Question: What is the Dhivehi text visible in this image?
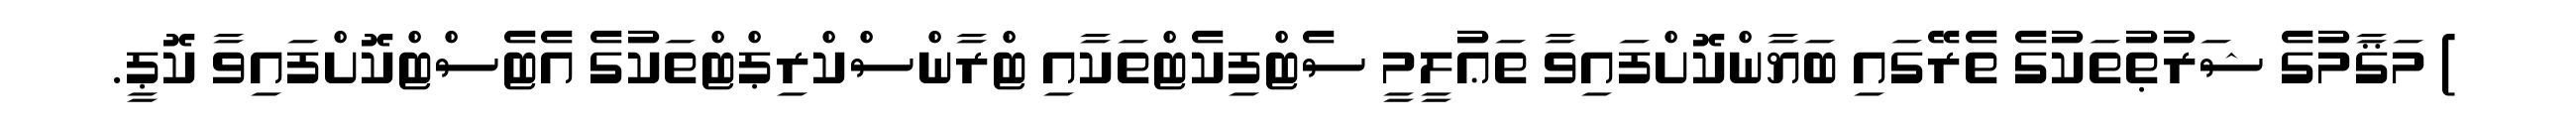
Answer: ) މަޤާމުގެ ޝަރުޠުތަކުގެ ތެރޭގައި ބަޔާންކޮށްފައިވާ ތަޢުލީމީ ސެޓްފިކެޓްތަކާއި ޓްރާންސްކްރިޕްޓްތަކުގެ އެޓެސްޓްކޮށްފައިވާ ކޮޕީ.